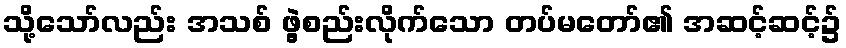
သို့သော်လည်း အသစ် ဖွဲ့စည်းလိုက်သော တပ်မတော်၏ အဆင့်ဆင့်၌